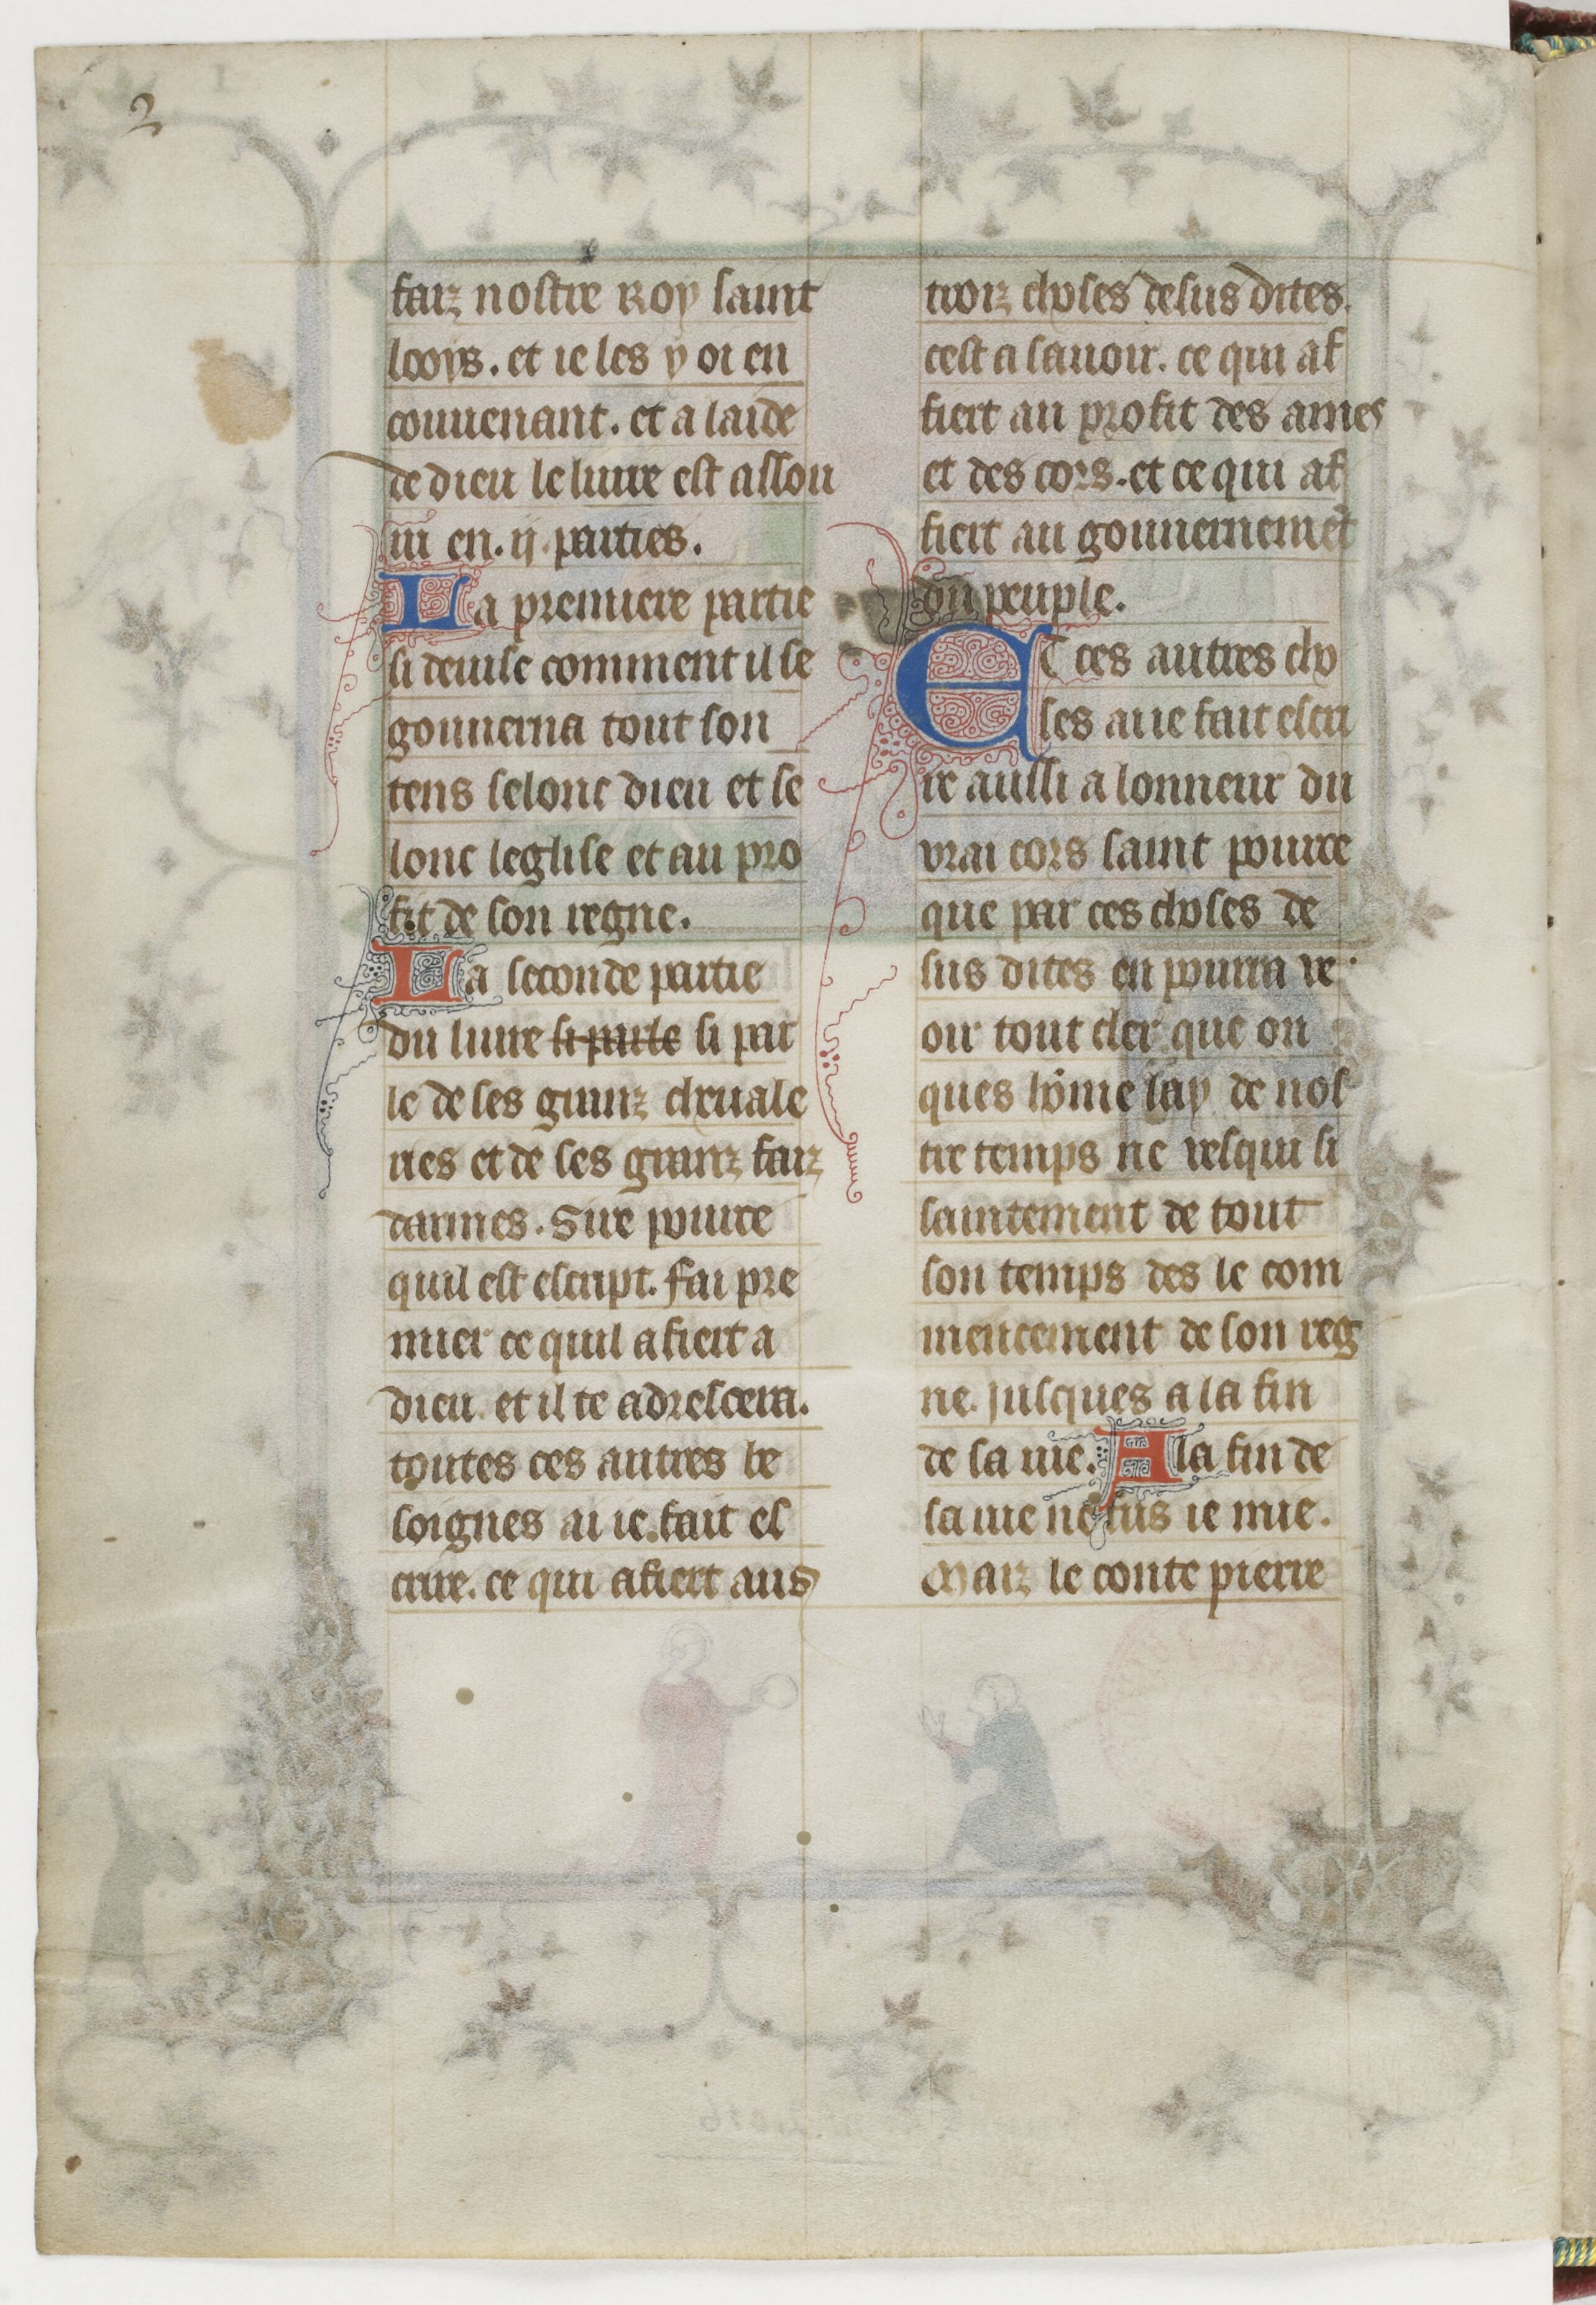
Shelfmark: Paris, BnF, fr. 13568
Century: 14